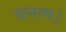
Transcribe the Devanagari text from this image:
घनत्व।